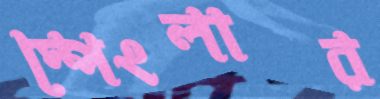
স্পেংলার